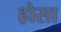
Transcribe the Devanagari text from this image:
होसा